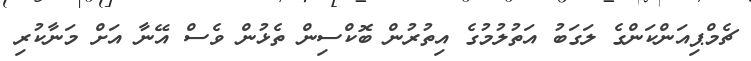
ޗެމްޕިއަންކަންގެ ލަގަބު އަތުލުމުގެ އިތުރުން ބޮކްސިން ތެޅުން ވެސް އޭނާ އަށް މަނާކުރި